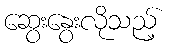
ဆွေးနွေးလိုသည့်